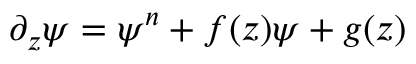
\partial _ { z } \psi = \psi ^ { n } + f ( z ) \psi + g ( z )